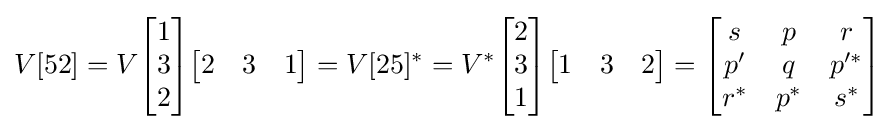
V[52]=V{\begin{bmatrix}1\\3\\2\end{bmatrix}}{\begin{bmatrix}2&3&1\end{bmatrix}}=V[25]^{*}=V^{*}{\begin{bmatrix}2\\3\\1\end{bmatrix}}{\begin{bmatrix}1&3&2\end{bmatrix}}={\begin{bmatrix}s&p&r\\p^{\prime }&q&p^{\prime *}\\r^{*}&p^{*}&s^{*}\end{bmatrix}}